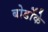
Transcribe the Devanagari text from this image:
बोर्डोके